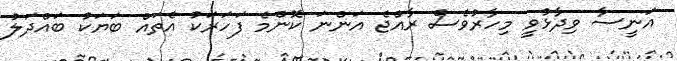
އަނީސާ ވިދާޅުވީ މިހާރުވެސް ރާއްޖެ އަންނަ ކޮންމެ ފަހަރަކު އެތައް ބަޔަކު ބައްދަލު